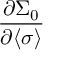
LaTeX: \frac { \partial \Sigma _ { 0 } } { \partial \langle \sigma \rangle }